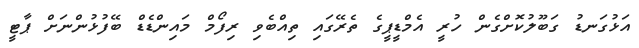
އަޅުގަނޑު ގަބޫލުކޮށްގެން ހުރީ އެމްޑީޕީގެ ތެރޭގައި ތިއްބެވި ރިފޯމް މައިންޑެޑް ބޭފުޅުންނަށް ޕާޓީ